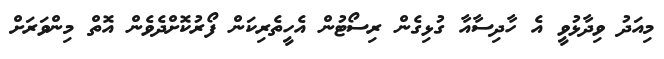
މިއަދު ވިދާޅުވީ އެ ހާދިސާއާ ގުޅިގެން ރިސޯޓުން އެހީތެރިކަން ފޯރުކޮށްދެވެން އޮތް މިންވަރަށް